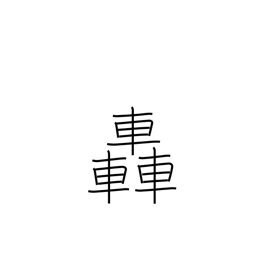
Meaning: roar